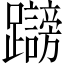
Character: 𲄓